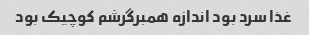
غذا سرد بود اندازه همبرگرشم کوچیک بود